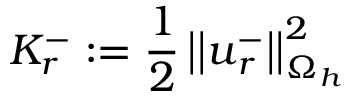
K _ { r } ^ { - } : = \frac { 1 } { 2 } \left| \left| \boldsymbol { u } _ { r } ^ { - } \right| \right| _ { \Omega _ { h } } ^ { 2 }